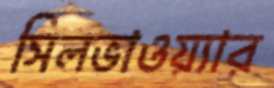
সিলভাওয়্যার